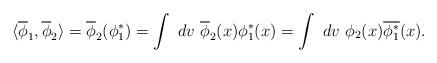
LaTeX: \begin{align*}\langle \overline{\phi}_1, \overline{\phi}_2 \rangle= \overline{\phi}_2 (\phi_1^* ) = \int \ dv \ \overline{\phi}_2(x) \phi_1^*(x)= \int \ dv \ \phi_2(x) \overline{\phi_1^*}(x).\end{align*}